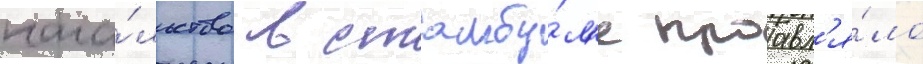
нача́льство в стамбу́л'е проавл'я́ло